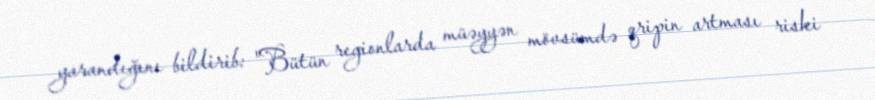
yarandığını bildirib: "Bütün regionlarda müəyyən mövsümdə qripin artması riski